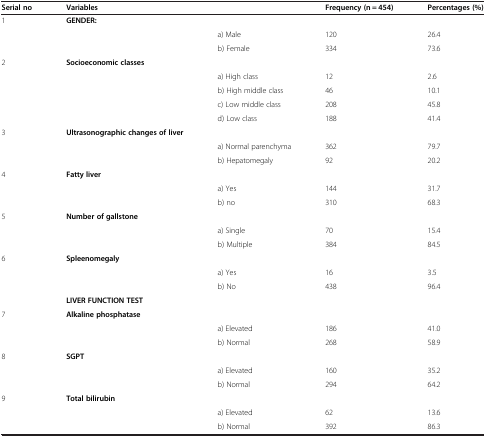
<table><thead><tr><td><b>Serial no</b></td><td><b>Variables</b></td><td>[EMPTY_CELL]</td><td><b>Frequency (n = 454)</b></td><td><b>Percentages (%)</b></td></tr></thead><tbody><tr><td rowspan="3">1</td><td rowspan="3"><b>GENDER:</b></td><td>[EMPTY_CELL]</td><td>[EMPTY_CELL]</td><td>[EMPTY_CELL]</td></tr><tr><td>a) Male</td><td>120</td><td>26.4</td></tr><tr><td>b) Female</td><td>334</td><td>73.6</td></tr><tr><td rowspan="5">2</td><td rowspan="5"><b>Socioeconomic classes</b></td><td>[EMPTY_CELL]</td><td>[EMPTY_CELL]</td><td>[EMPTY_CELL]</td></tr><tr><td>a) High class</td><td>12</td><td>2.6</td></tr><tr><td>b) High middle class</td><td>46</td><td>10.1</td></tr><tr><td>c) Low middle class</td><td>208</td><td>45.8</td></tr><tr><td>d) Low class</td><td>188</td><td>41.4</td></tr><tr><td rowspan="3">3</td><td rowspan="3"><b>Ultrasonographic changes of liver</b></td><td>[EMPTY_CELL]</td><td>[EMPTY_CELL]</td><td>[EMPTY_CELL]</td></tr><tr><td>a) Normal parenchyma</td><td>362</td><td>79.7</td></tr><tr><td>b) Hepatomegaly</td><td>92</td><td>20.2</td></tr><tr><td rowspan="3">4</td><td rowspan="3"><b>Fatty liver</b></td><td>[EMPTY_CELL]</td><td>[EMPTY_CELL]</td><td>[EMPTY_CELL]</td></tr><tr><td>a) Yes</td><td>144</td><td>31.7</td></tr><tr><td>b) no</td><td>310</td><td>68.3</td></tr><tr><td rowspan="3">5</td><td rowspan="3"><b>Number of gallstone</b></td><td>[EMPTY_CELL]</td><td>[EMPTY_CELL]</td><td>[EMPTY_CELL]</td></tr><tr><td>a) Single</td><td>70</td><td>15.4</td></tr><tr><td>b) Multiple</td><td>384</td><td>84.5</td></tr><tr><td rowspan="4">6</td><td rowspan="3"><b>Spleenomegaly</b></td><td>[EMPTY_CELL]</td><td>[EMPTY_CELL]</td><td>[EMPTY_CELL]</td></tr><tr><td>a) Yes</td><td>16</td><td>3.5</td></tr><tr><td>b) No</td><td>438</td><td>96.4</td></tr><tr><td><b>LIVER FUNCTION TEST</b></td><td>[EMPTY_CELL]</td><td>[EMPTY_CELL]</td><td>[EMPTY_CELL]</td></tr><tr><td rowspan="3">7</td><td rowspan="3"><b>Alkaline phosphatase</b></td><td>[EMPTY_CELL]</td><td>[EMPTY_CELL]</td><td>[EMPTY_CELL]</td></tr><tr><td>a) Elevated</td><td>186</td><td>41.0</td></tr><tr><td>b) Normal</td><td>268</td><td>58.9</td></tr><tr><td rowspan="3">8</td><td rowspan="3"><b>SGPT</b></td><td>[EMPTY_CELL]</td><td>[EMPTY_CELL]</td><td>[EMPTY_CELL]</td></tr><tr><td>a) Elevated</td><td>160</td><td>35.2</td></tr><tr><td>b) Normal</td><td>294</td><td>64.2</td></tr><tr><td rowspan="3">9</td><td rowspan="3"><b>Total bilirubin</b></td><td>[EMPTY_CELL]</td><td>[EMPTY_CELL]</td><td>[EMPTY_CELL]</td></tr><tr><td>a) Elevated</td><td>62</td><td>13.6</td></tr><tr><td>b) Normal</td><td>392</td><td>86.3</td></tr></tbody></table>